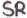
Text: SR